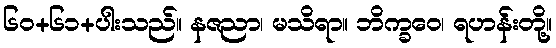
၆၀+၆၁+ပါးသည်။ နဇညာ၊ မသိရာ။ ဘိက္ခဝေ၊ ရဟန်းတို့။